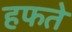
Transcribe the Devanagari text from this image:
हफते